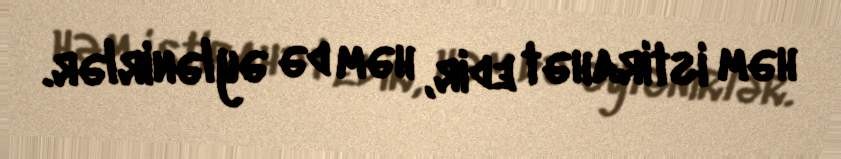
həm istirahət edir, həm də əylənirlər.